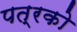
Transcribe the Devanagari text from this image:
पत्रको